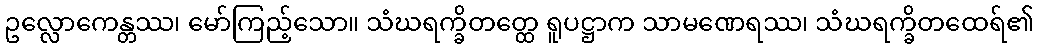
ဥလ္လောကေန္တဿ၊ မော်ကြည့်သော။ သံဃရက္ခိတတ္ထေ ရူပဋ္ဌာက သာမဏေရဿ၊ သံဃရက္ခိတထေရ်၏